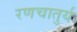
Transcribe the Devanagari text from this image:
रणचातुर्य